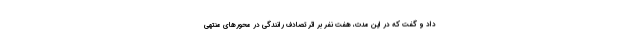
داد و گفت که در این مدت، هفت نفر بر اثر تصادف رانندگی در محورهای منتهی